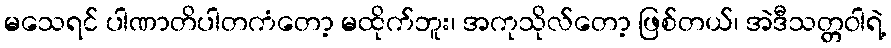
မသေရင် ပါဏာတိပါတကံတော့ မထိုက်ဘူး၊ အကုသိုလ်တော့ ဖြစ်တယ်၊ အဲဒီသတ္တဝါရဲ့